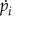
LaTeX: \dot { p _ { i } }